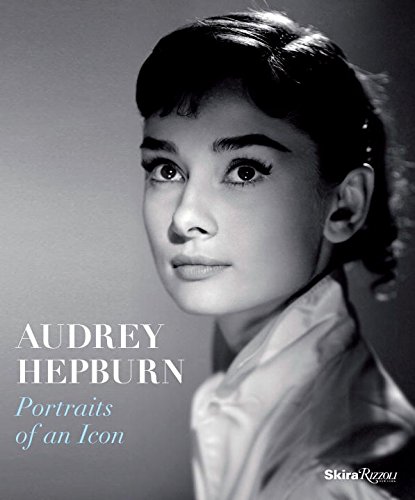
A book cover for Audrey Hepburn: Portraits of an Icon; Terence Pepper; Humor & Entertainment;